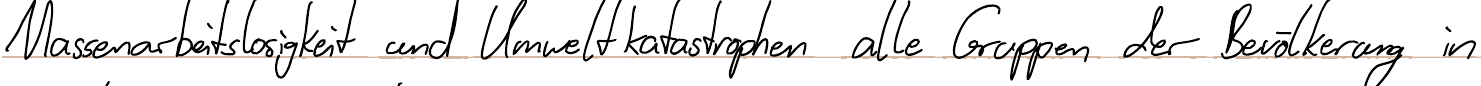
Massenarbeitslosigkeit und Umweltkatastrophen alle Gruppen der Bevölkerung in